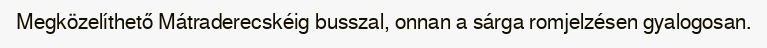
Megközelíthető Mátraderecskéig busszal, onnan a sárga romjelzésen gyalogosan.